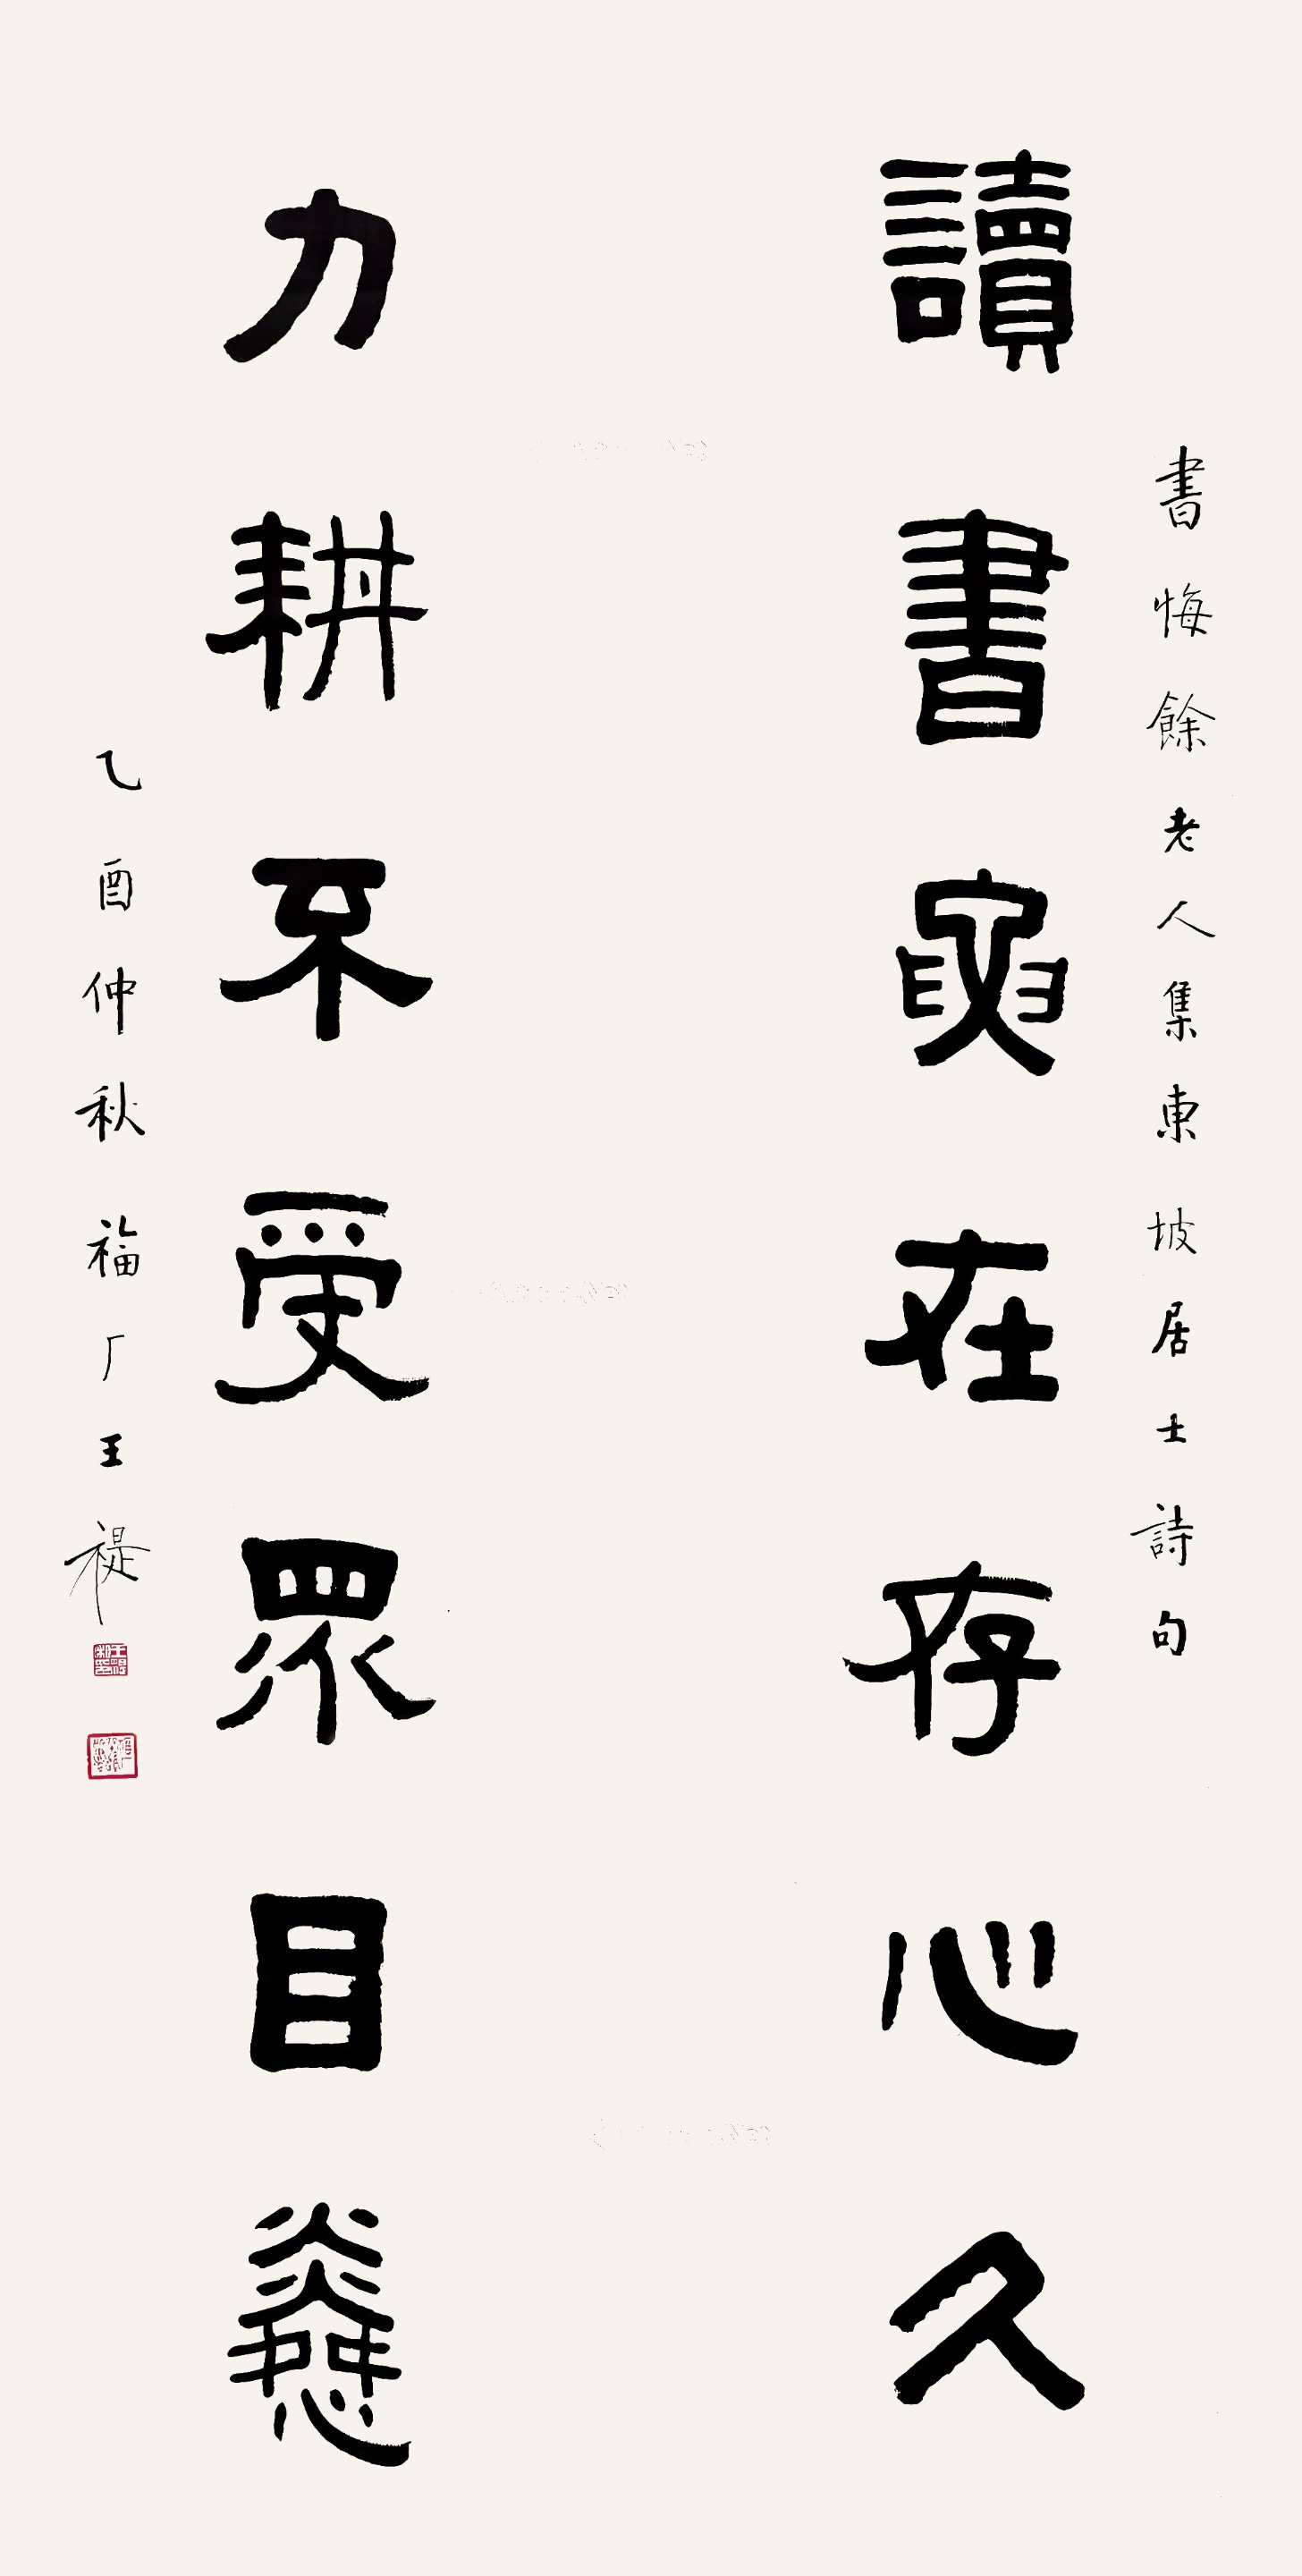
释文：读书要在存心久，力耕不受众目怜。书悔余老人集东坡居士诗句，乙酉仲秋，福厂王褆。